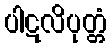
ပါဋလိပုတ္တံ